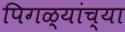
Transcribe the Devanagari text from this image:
पिगळ्यांच्या